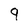
Character: 9